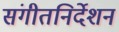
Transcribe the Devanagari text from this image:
संगीतनिर्देशन